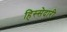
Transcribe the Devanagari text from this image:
हिस्‍सेदारी